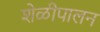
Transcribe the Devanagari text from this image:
शेळीपालन